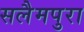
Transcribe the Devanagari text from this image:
सलैमपुरा